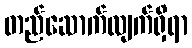
တည်ဆောက်လျက်ရှိရာ